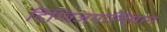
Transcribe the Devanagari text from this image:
दिग्विजयाभियान